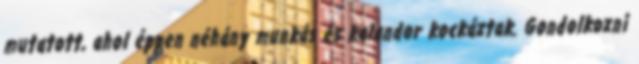
mutatott, ahol éppen néhány munkás és kalandor kockáztak. Gondolkozni